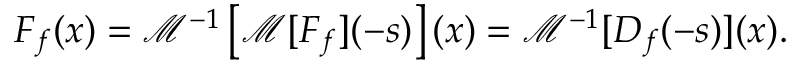
F _ { f } ( x ) = { \mathcal { M } } ^ { - 1 } \left[ { \mathcal { M } } [ F _ { f } ] ( - s ) \right] ( x ) = { \mathcal { M } } ^ { - 1 } [ D _ { f } ( - s ) ] ( x ) .